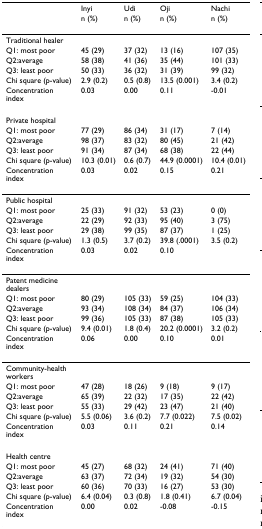
<table><thead><tr><td></td><td><b>Inyi</b></td><td><b>Udi</b></td><td><b>Oji</b></td><td><b>Nachi</b></td></tr><tr><td></td><td><b>n (%)</b></td><td><b>n (%)</b></td><td><b>n (%)</b></td><td><b>n (%)</b></td></tr></thead><tbody><tr><td>Traditional healer</td><td></td><td></td><td></td><td></td></tr><tr><td>Q1: most poor</td><td>45 (29)</td><td>37 (32)</td><td>13 (16)</td><td>107 (35)</td></tr><tr><td>Q2:average</td><td>58 (38)</td><td>41 (36)</td><td>35 (44)</td><td>101 (33)</td></tr><tr><td>Q3: least poor</td><td>50 (33)</td><td>36 (32)</td><td>31 (39)</td><td>99 (32)</td></tr><tr><td>Chi square (p-value)</td><td>2.9 (0.2)</td><td>0.5 (0.8)</td><td>13.5 (0.001)</td><td>3.4 (0.2)</td></tr><tr><td>Concentration index</td><td>0.03</td><td>0.00</td><td>0.11</td><td>-0.01</td></tr><tr><td>Private hospital</td><td></td><td></td><td></td><td></td></tr><tr><td>Q1: most poor</td><td>77 (29)</td><td>86 (34)</td><td>31 (17)</td><td>7 (14)</td></tr><tr><td>Q2:average</td><td>98 (37)</td><td>83 (32)</td><td>80 (45)</td><td>21 (42)</td></tr><tr><td>Q3: least poor</td><td>91 (34)</td><td>87 (34)</td><td>68 (38)</td><td>22 (44)</td></tr><tr><td>Chi square (p-value)</td><td>10.3 (0.01)</td><td>0.6 (0.7)</td><td>44.9 (0.0001)</td><td>10.4 (0.01)</td></tr><tr><td>Concentration index</td><td>0.03</td><td>0.02</td><td>0.15</td><td>0.21</td></tr><tr><td>Public hospital</td><td></td><td></td><td></td><td></td></tr><tr><td>Q1: most poor</td><td>25 (33)</td><td>91 (32)</td><td>53 (23)</td><td>0 (0)</td></tr><tr><td>Q2:average</td><td>22 (29)</td><td>92 (33)</td><td>95 (40)</td><td>3 (75)</td></tr><tr><td>Q3: least poor</td><td>29 (38)</td><td>99 (35)</td><td>87 (37)</td><td>1 (25)</td></tr><tr><td>Chi square (p-value)</td><td>1.3 (0.5)</td><td>3.7 (0.2)</td><td>39.8 (.0001)</td><td>3.5 (0.2)</td></tr><tr><td>Concentration index</td><td>0.03</td><td>0.02</td><td>0.10</td><td></td></tr><tr><td>Patent medicine dealers</td><td></td><td></td><td></td><td></td></tr><tr><td>Q1: most poor</td><td>80 (29)</td><td>105 (33)</td><td>59 (25)</td><td>104 (33)</td></tr><tr><td>Q2:average</td><td>93 (34)</td><td>108 (34)</td><td>84 (37)</td><td>106 (34)</td></tr><tr><td>Q3: least poor</td><td>99 (36)</td><td>105 (33)</td><td>87 (38)</td><td>105 (33)</td></tr><tr><td>Chi square (p-value)</td><td>9.4 (0.01)</td><td>1.8 (0.4)</td><td>20.2 (0.0001)</td><td>3.2 (0.2)</td></tr><tr><td>Concentration index</td><td>0.06</td><td>0.00</td><td>0.10</td><td>0.01</td></tr><tr><td>Community-health workers</td><td></td><td></td><td></td><td></td></tr><tr><td>Q1: most poor</td><td>47 (28)</td><td>18 (26)</td><td>9 (18)</td><td>9 (17)</td></tr><tr><td>Q2:average</td><td>65 (39)</td><td>22 (32)</td><td>17 (35)</td><td>22 (42)</td></tr><tr><td>Q3: least poor</td><td>55 (33)</td><td>29 (42)</td><td>23 (47)</td><td>21 (40)</td></tr><tr><td>Chi square (p-value)</td><td>5.5 (0.06)</td><td>3.6 (0.2)</td><td>7.7 (0.022)</td><td>7.5 (0.02)</td></tr><tr><td>Concentration index</td><td>0.03</td><td>0.11</td><td>0.21</td><td>0.14</td></tr><tr><td>Health centre</td><td></td><td></td><td></td><td></td></tr><tr><td>Q1: most poor</td><td>45 (27)</td><td>68 (32)</td><td>24 (41)</td><td>71 (40)</td></tr><tr><td>Q2:average</td><td>63 (37)</td><td>72 (34)</td><td>19 (32)</td><td>54 (30)</td></tr><tr><td>Q3: least poor</td><td>60 (36)</td><td>70 (33)</td><td>16 (27)</td><td>53 (30)</td></tr><tr><td>Chi square (p-value)</td><td>6.4 (0.04)</td><td>0.3 (0.8)</td><td>1.8 (0.41)</td><td>6.7 (0.04)</td></tr><tr><td>Concentration index</td><td>0.00</td><td>0.02</td><td>-0.08</td><td>-0.15</td></tr></tbody></table>